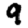
Digit: 9